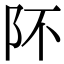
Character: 阫